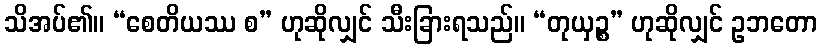
သိအပ်၏။ “စေတိယဿ စ” ဟုဆိုလျှင် သီးခြားရသည်။ “တုယှဉ္စ” ဟုဆိုလျှင် ဥဘတော